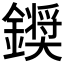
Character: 𮣗